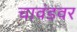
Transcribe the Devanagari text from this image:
चावंडवर